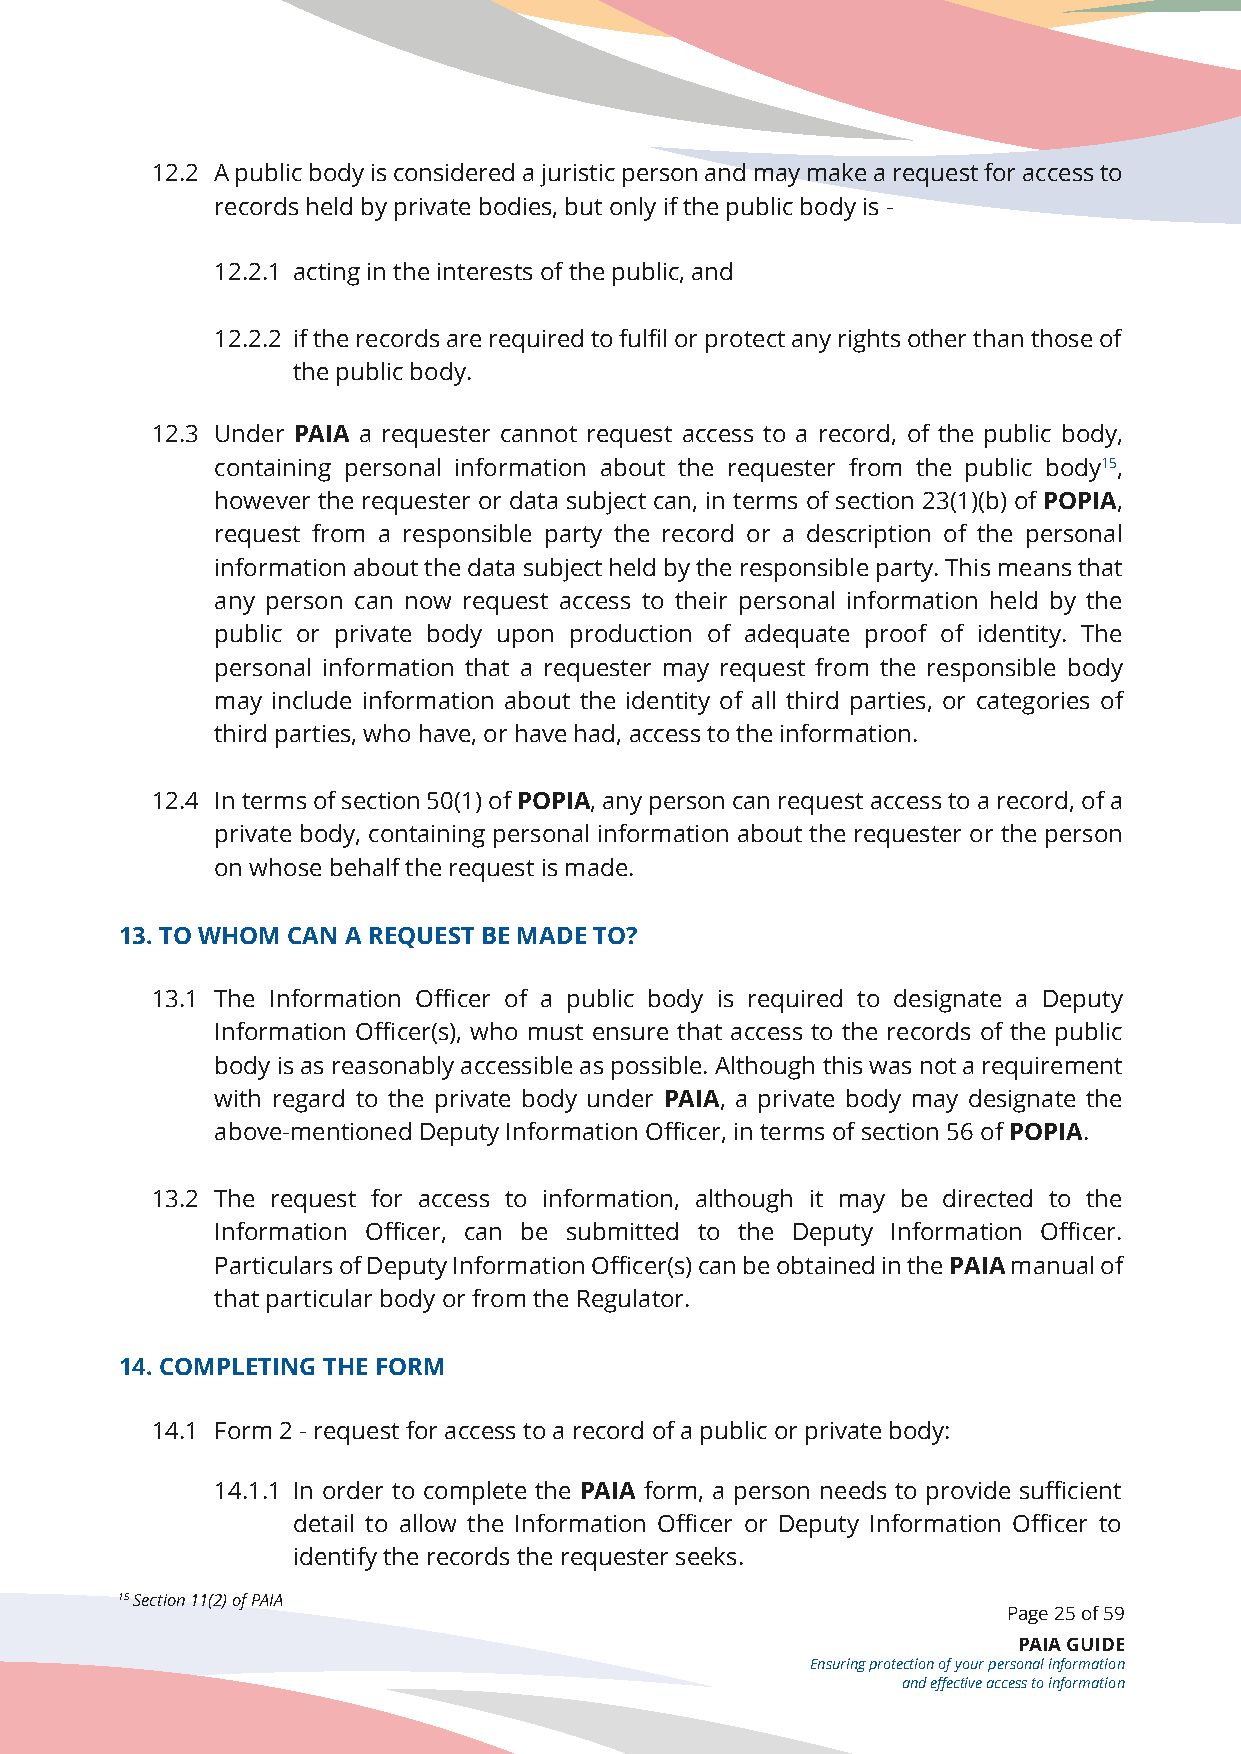
12.2 A public body is considered a juristic person and may make a request for access to
 records held by private bodies, but only if the public body is -
 12.2.1 acting in the interests of the public, and
 12.2.2 if the records are required to fulfil or protect any rights other than those of
 the public body.
 12.3 Under PAIA a requester cannot request access to a record, of the public body,
 containing personal information about the requester from the public body15,
 however the requester or data subject can, in terms of section 23(1)(b) of POPIA,
 request from a responsible party the record or a description of the personal
 information about the data subject held by the responsible party. This means that
 any person can now request access to their personal information held by the
 public or private body upon production of adequate proof of identity. The
 personal information that a requester may request from the responsible body
 may include information about the identity of all third parties, or categories of
 third parties, who have, or have had, access to the information.
 12.4 In terms of section 50(1) of POPIA, any person can request access to a record, of a
 private body, containing personal information about the requester or the person
 on whose behalf the request is made.
 13. TO WHOM CAN A REQUEST BE MADE TO?
 13.1 The Information Officer of a public body is required to designate a Deputy
 Information Officer(s), who must ensure that access to the records of the public
 body is as reasonably accessible as possible. Although this was not a requirement
 with regard to the private body under PAIA, a private body may designate the
 above-mentioned Deputy Information Officer, in terms of section 56 of POPIA.
 13.2 The request for access to information, although it may be directed to the
 Information Officer, can be submitted to the Deputy Information Officer.
 Particulars of Deputy Information Officer(s) can be obtained in the PAIA manual of
 that particular body or from the Regulator.
 14. COMPLETING THE FORM
 14.1 Form 2 - request for access to a record of a public or private body:
 14.1.1 In order to complete the PAIA form, a person needs to provide sufficient
 detail to allow the Information Officer or Deputy Information Officer to
 identify the records the requester seeks.
 15 Section 11(2) of PAIA
 Page 25 of 59
 PAIA GUIDE
 Ensuring protection of your personal information
 and effective access to information